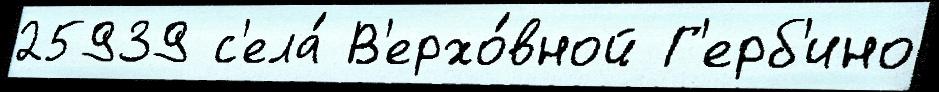
25939 с'ела́ В'ерхо́вной Г'ерб'ино